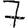
Digit: 7